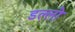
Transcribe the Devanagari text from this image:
डल्लो